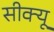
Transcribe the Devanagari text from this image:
सीक्यू